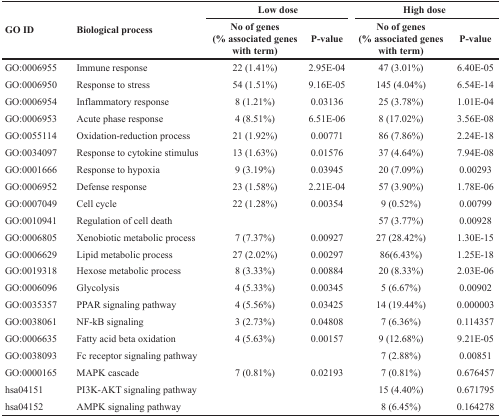
<table><thead><tr><td rowspan="2"><b>GO ID</b></td><td rowspan="2"><b>Biological process</b></td><td colspan="2"><b>Low dose</b></td><td colspan="2"><b>High dose</b></td></tr><tr><td><b>No of genes (% associated genes with term)</b></td><td><b>P-value</b></td><td><b>No of genes (% associated genes with term)</b></td><td><b>P-value</b></td></tr></thead><tbody><tr><td>GO:0006955</td><td>Immune response</td><td>22 (1.41%)</td><td>2.95E-04</td><td>47 (3.01%)</td><td>6.40E-05</td></tr><tr><td>GO:0006950</td><td>Response to stress</td><td>54 (1.51%)</td><td>9.16E-05</td><td>145 (4.04%)</td><td>6.54E-14</td></tr><tr><td>GO:0006954</td><td>Inflammatory response</td><td>8 (1.21%)</td><td>0.03136</td><td>25 (3.78%)</td><td>1.01E-04</td></tr><tr><td>GO:0006953</td><td>Acute phase response</td><td>4 (8.51%)</td><td>6.51E-06</td><td>8 (17.02%)</td><td>3.56E-08</td></tr><tr><td>GO:0055114</td><td>Oxidation-reduction process</td><td>21 (1.92%)</td><td>0.00771</td><td>86 (7.86%)</td><td>2.24E-18</td></tr><tr><td>GO:0034097</td><td>Response to cytokine stimulus</td><td>13 (1.63%)</td><td>0.01576</td><td>37 (4.64%)</td><td>7.94E-08</td></tr><tr><td>GO:0001666</td><td>Response to hypoxia</td><td>9 (3.19%)</td><td>0.03945</td><td>20 (7.09%)</td><td>0.00293</td></tr><tr><td>GO:0006952</td><td>Defense response</td><td>23 (1.58%)</td><td>2.21E-04</td><td>57 (3.90%)</td><td>1.78E-06</td></tr><tr><td>GO:0007049</td><td>Cell cycle</td><td>22 (1.28%)</td><td>0.00354</td><td>9 (0.52%)</td><td>0.00799</td></tr><tr><td>GO:0010941</td><td>Regulation of cell death</td><td></td><td></td><td>57 (3.77%)</td><td>0.00928</td></tr><tr><td>GO:0006805</td><td>Xenobiotic metabolic process</td><td>7 (7.37%)</td><td>0.00927</td><td>27 (28.42%)</td><td>1.30E-15</td></tr><tr><td>GO:0006629</td><td>Lipid metabolic process</td><td>27 (2.02%)</td><td>0.00297</td><td>86(6.43%)</td><td>1.25E-18</td></tr><tr><td>GO:0019318</td><td>Hexose metabolic process</td><td>8 (3.33%)</td><td>0.00884</td><td>20 (8.33%)</td><td>2.03E-06</td></tr><tr><td>GO:0006096</td><td>Glycolysis</td><td>4 (5.33%)</td><td>0.00345</td><td>5 (6.67%)</td><td>0.00902</td></tr><tr><td>GO:0035357</td><td>PPAR signaling pathway</td><td>4 (5.56%)</td><td>0.03425</td><td>14 (19.44%)</td><td>0.000003</td></tr><tr><td>GO:0038061</td><td>NF-kB signaling</td><td>3 (2.73%)</td><td>0.04808</td><td>7 (6.36%)</td><td>0.114357</td></tr><tr><td>GO:0006635</td><td>Fatty acid beta oxidation</td><td>4 (5.63%)</td><td>0.00157</td><td>9 (12.68%)</td><td>9.21E-05</td></tr><tr><td>GO:0038093</td><td>Fc receptor signaling pathway</td><td></td><td></td><td>7 (2.88%)</td><td>0.00851</td></tr><tr><td>GO:0000165</td><td>MAPK cascade</td><td>7 (0.81%)</td><td>0.02193</td><td>7 (0.81%)</td><td>0.676457</td></tr><tr><td>hsa04151</td><td>PI3K-AKT signaling pathway</td><td></td><td></td><td>15 (4.40%)</td><td>0.671795</td></tr><tr><td>hsa04152</td><td>AMPK signaling pathway</td><td></td><td></td><td>8 (6.45%)</td><td>0.164278</td></tr></tbody></table>